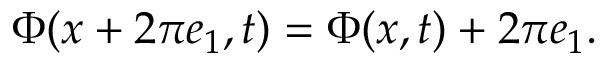
\Phi ( x + 2 \pi e _ { 1 } , t ) = \Phi ( x , t ) + 2 \pi e _ { 1 } .